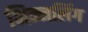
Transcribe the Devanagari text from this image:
भिन्नलिंग